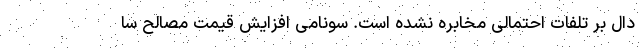
دال بر تلفات احتمالی مخابره نشده است. سونامی افزایش قیمت مصالح سا